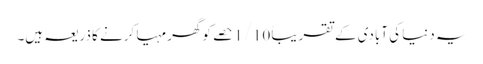
یہ دنیا کی آبادی کے تقریباً 1/10 حصے کو گھر مہیا کرنے کا ذریعہ ہیں۔